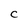
Character: C